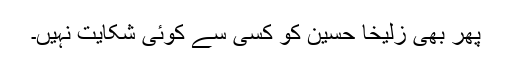
پھر بھی زُلیخا حُسین کو کسی سے کوئی شکایت نہیں۔